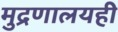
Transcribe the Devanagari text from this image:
मुद्रणालयही